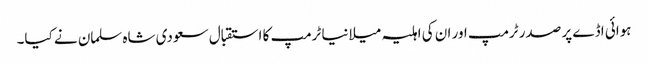
ہوائی اڈے پر صدر ٹرمپ اور ان کی اہلیہ میلانیا ٹرمپ کا استقبال سعودی شاہ سلمان نے کیا۔